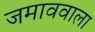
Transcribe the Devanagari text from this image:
जमाववाला